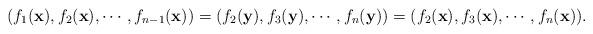
LaTeX: \begin{align*} (f_1(\mathbf{x}),f_2(\mathbf{x}),\cdots,f_{n-1}(\mathbf{x}))=(f_2(\mathbf{y}),f_3(\mathbf{y}),\cdots,f_n(\mathbf{y}))=(f_2(\mathbf{x}),f_3(\mathbf{x}),\cdots,f_n(\mathbf{x})). \end{align*}